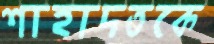
শাহাদতকে